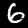
Label: 6